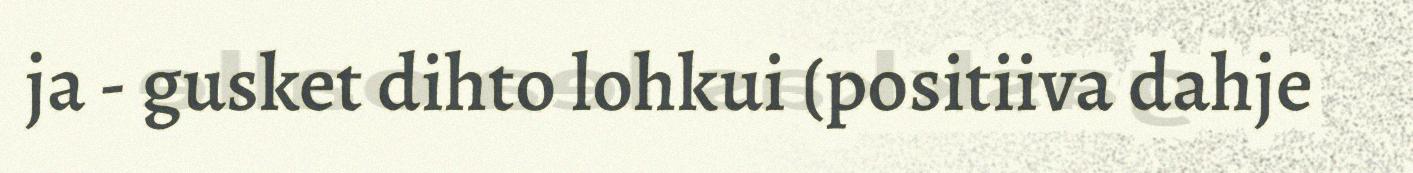
ja - gusket dihto lohkui (positiiva dahje